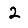
Digit: 2